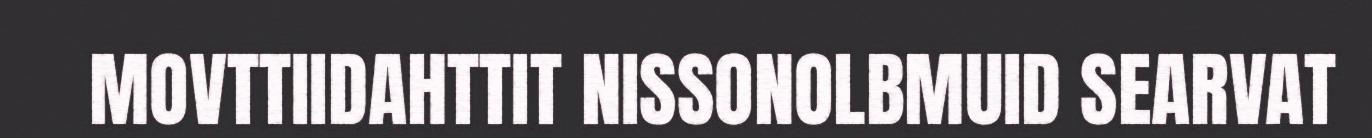
MOVTTIIDAHTTIT NISSONOLBMUID SEARVAT